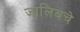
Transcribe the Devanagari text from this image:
जालिबचे